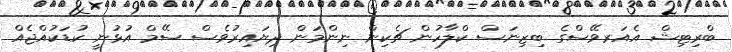
ބްރިޓިޝް އެއަރވޭސްގެ ބިޒިނަސް ކްލާހުން ޗެކިން ނިންމަން ދިޔައިރުވެސް ސޭމް އުޅުނީ ކުޑަކުއްޖެއް